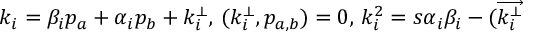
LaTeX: k _ { i } = \beta _ { i } p _ { a } + \alpha _ { i } p _ { b } + k _ { i } ^ { \perp } , \, ( k _ { i } ^ { \perp } , p _ { a , b } ) = 0 , \, k _ { i } ^ { 2 } = s \alpha _ { i } \beta _ { i } - ( \overrightarrow { k _ { i } ^ { \perp } }